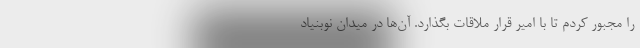
را مجبور کردم تا با امیر قرار ملاقات بگذارد. آن‌ها در میدان نوبنیاد